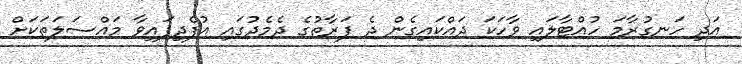
އަދި ހަނގުރާމަ ހުއްޓާލައި ވާހަކަ ދައްކައިގެން ދެ ފަރާތުގެ ދެމެދުގައި އުފެދިފައިވާ މައްސަލަތަކަށް